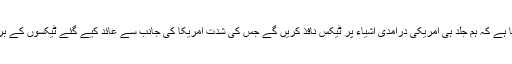
چین کا کہنا ہے کہ ہم جلد ہی امریکی درآمدی اشیاء پر ٹیکس نافذ کریں گے جس کی شدت امریکا کی جانب سے عائد کیے گئے ٹیکسوں کے برابر ہو گی۔